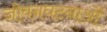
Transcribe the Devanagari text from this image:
जीवनघटनाओं